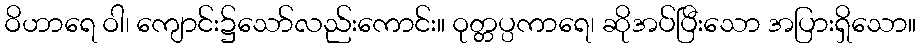
ဝိဟာရေ ဝါ၊ ကျောင်း၌သော်လည်းကောင်း။ ဝုတ္တပ္ပကာရေ၊ ဆိုအပ်ပြီးသော အပြားရှိသော။